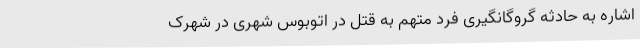
اشاره به حادثه گروگانگیری فرد متهم به قتل در اتوبوس شهری در شهرک